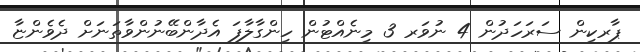
ޕާރކިން ސަރަހަދުން 4 ނުވަރ 3 މިނެއްޓުން ހިންގާލާފަ އެދާންބޭނުންވާތަނަށް ދެވެންޏާ